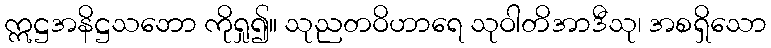
ဣဋ္ဌအနိဋ္ဌသဘော ကိုရှု၍။ သုညတဝိဟာရေ သုဝါတိအာဒီသု၊ အစရှိသော